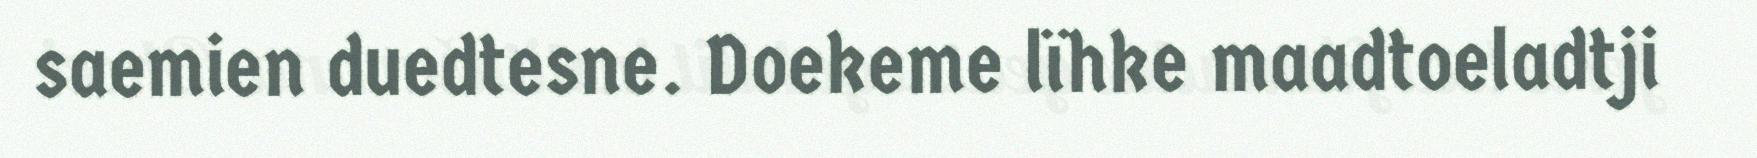
saemien duedtesne. Doekeme lïhke maadtoeladtji